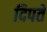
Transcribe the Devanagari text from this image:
दिपते